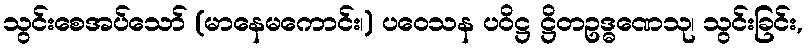
သွင်းစေအပ်သော် (မာနေမကောင်း၊) ပဝေသန ပဝိဋ္ဌ ဋ္ဌိတဥဒ္ဓဏေသု၊ သွင်းခြင်း,